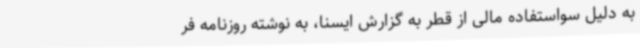
به دلیل سواستفاده مالی از قطر به گزارش ایسنا، به نوشته روزنامه فر